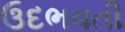
ઉદભવતી